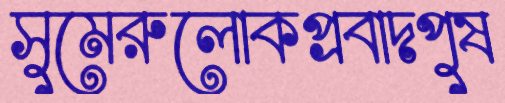
সুমেরুলোকপ্রবাদপুষ